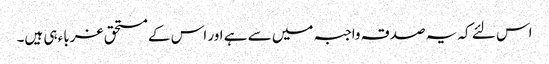
اس لئے کہ یہ صدقہ واجبہ میں سے ہے اور اس کے مستحق غرباء ہی ہیں۔